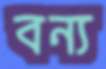
বন্য